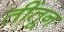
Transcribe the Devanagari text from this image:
तींतून